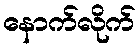
နောက်လိုက်